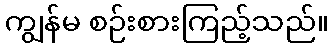
ကျွန်မ စဉ်းစားကြည့်သည်။